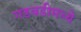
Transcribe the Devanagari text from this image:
गडबडीमध्ये